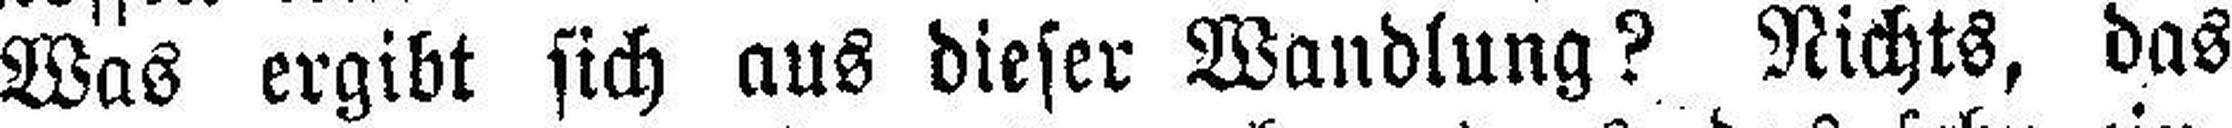
Was ergibt sich aus dieser Wandlung? Nichts, das